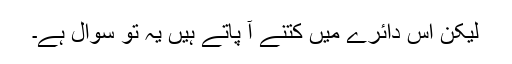
لیکن اس دائرے میں کتنے آ پاتے ہیں یہ تو سوال ہے۔